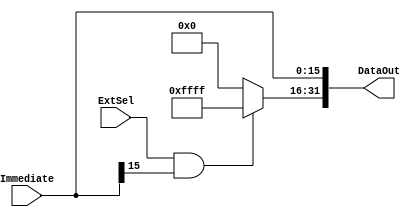
`timescale 1ns / 1ps
//////////////////////////////////////////////////////////////////////////////////
// Company: Sun Yat-sen University
// 
// Design Name: SignZeroExtend
// Module Name: SignZeroExtend
// Project Name: MultipleCycleCPU
// Target Devices: Basys3
// Tool Versions: 2019.1.3
// Description: 
// 
// Dependencies: 
// 
// Revision:
// Revision 0.01 - File Created
// Additional Comments:
// 
//////////////////////////////////////////////////////////////////////////////////


module SignZeroExtend(
    input ExtSel, // 0 - 0 extend, 1 - sign extend
    input [15:0] Immediate,
    output [31:0] DataOut
    );
    
    assign DataOut[15:0] = Immediate[15:0];
    assign DataOut[31:16] = (ExtSel && Immediate[15]) ? 16'hFFFF : 16'h0000;
endmodule